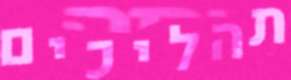
תהליכים